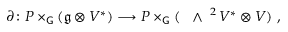
\partial \colon P \times _ { \mathsf { G } } ( \mathfrak { g } \otimes V ^ { * } ) \longrightarrow P \times _ { \mathsf { G } } ( \mathrm { ~ \Large ~ \wedge ~ } ^ { 2 } \, V ^ { * } \otimes V ) \ ,